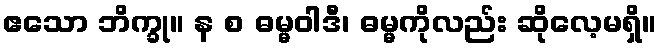
ဧသော ဘိက္ခု။ န စ ဓမ္မဝါဒီ၊ ဓမ္မကိုလည်း ဆိုလေ့မရှိ။